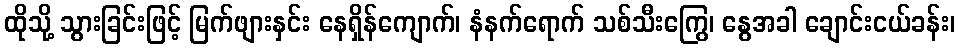
ထိုသို့ သွားခြင်းဖြင့် မြက်ဖျားနှင်း နေရှိန်ကျောက်၊ နံနက်ရောက် သစ်သီးကြွေ၊ နွေအခါ ချောင်းငယ်ခန်း၊